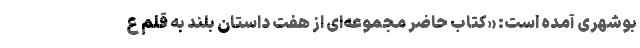
بوشهری آمده است: «کتاب حاضر مجموعه‌ای از هفت داستان بلند به قلم ع